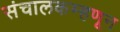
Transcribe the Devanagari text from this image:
संचालकम्हणून